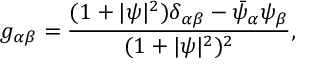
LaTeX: g _ { \alpha \beta } = \frac { ( 1 + \vert \psi \vert ^ { 2 } ) \delta _ { \alpha \beta } - \bar { \psi } _ { \alpha } \psi _ { \beta } } { ( 1 + \vert \psi \vert ^ { 2 } ) ^ { 2 } } ,